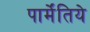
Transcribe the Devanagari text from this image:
पार्मेंतिये